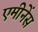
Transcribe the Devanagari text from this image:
एमीनेंस